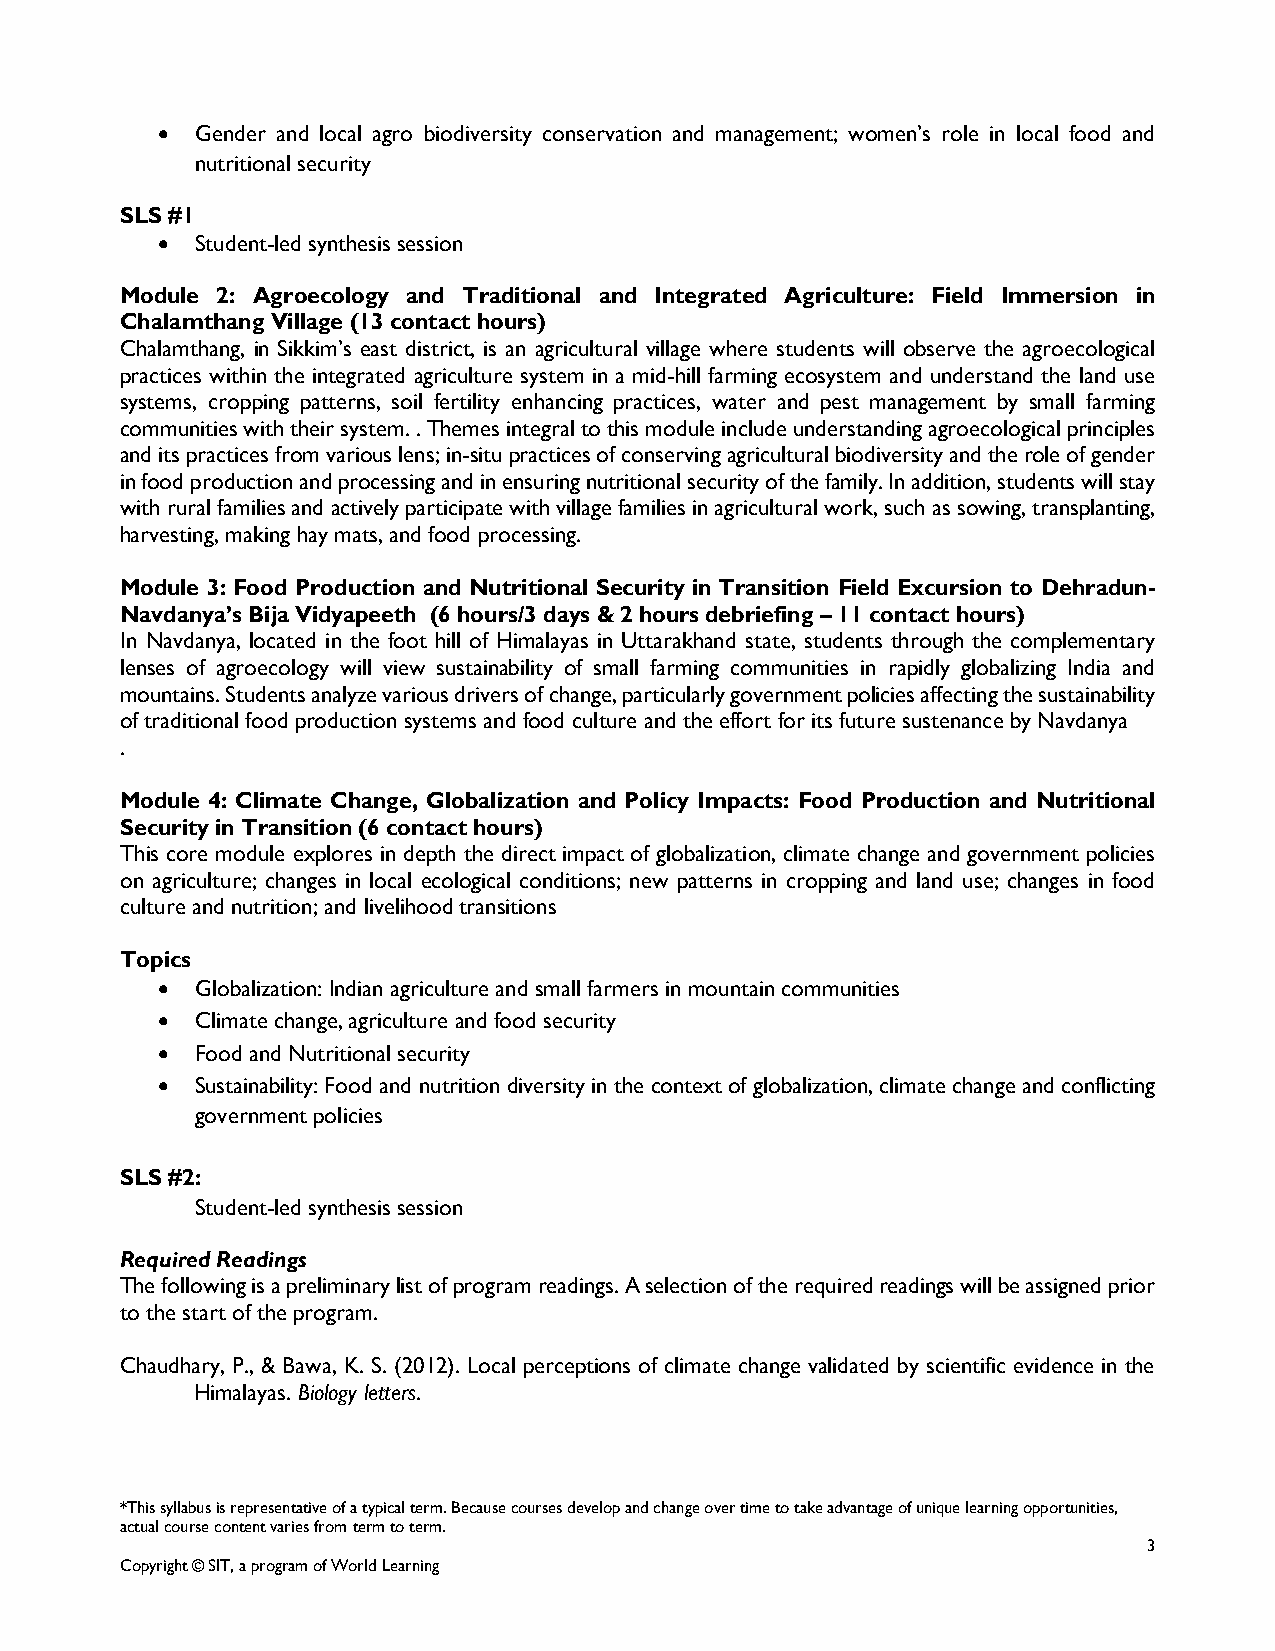
  Gender and local agro biodiversity conservation and management; women’s role in local food and
 nutritional security
 SLS #1
   Student-led synthesis session
 Module 2: Agroecology and Traditional and Integrated Agriculture: Field Immersion in
 Chalamthang Village (13 contact hours)
 Chalamthang, in Sikkim’s east district, is an agricultural village where students will observe the agroecological
 practices within the integrated agriculture system in a mid-hill farming ecosystem and understand the land use
 systems, cropping patterns, soil fertility enhancing practices, water and pest management by small farming
 communities with their system. . Themes integral to this module include understanding agroecological principles
 and its practices from various lens; in-situ practices of conserving agricultural biodiversity and the role of gender
 in food production and processing and in ensuring nutritional security of the family. In addition, students will stay
 with rural families and actively participate with village families in agricultural work, such as sowing, transplanting,
 harvesting, making hay mats, and food processing.
 Module 3: Food Production and Nutritional Security in Transition Field Excursion to Dehradun-
 Navdanya’s Bija Vidyapeeth (6 hours/3 days & 2 hours debriefing – 11 contact hours)
 In Navdanya, located in the foot hill of Himalayas in Uttarakhand state, students through the complementary
 lenses of agroecology will view sustainability of small farming communities in rapidly globalizing India and
 mountains. Students analyze various drivers of change, particularly government policies affecting the sustainability
 of traditional food production systems and food culture and the effort for its future sustenance by Navdanya
 .
 Module 4: Climate Change, Globalization and Policy Impacts: Food Production and Nutritional
 Security in Transition (6 contact hours)
 This core module explores in depth the direct impact of globalization, climate change and government policies
 on agriculture; changes in local ecological conditions; new patterns in cropping and land use; changes in food
 culture and nutrition; and livelihood transitions
 Topics
   Globalization: Indian agriculture and small farmers in mountain communities
   Climate change, agriculture and food security
   Food and Nutritional security
   Sustainability: Food and nutrition diversity in the context of globalization, climate change and conflicting
 government policies
 SLS #2:
 Student-led synthesis session
 Required Readings
 The following is a preliminary list of program readings. A selection of the required readings will be assigned prior
 to the start of the program.
 Chaudhary, P., & Bawa, K. S. (2012). Local perceptions of climate change validated by scientific evidence in the
 Himalayas. Biology letters.
 *This syllabus is representative of a typical term. Because courses develop and change over time to take advantage of unique learning opportunities,
 actual course content varies from term to term.
 3
 Copyright © SIT, a program of World Learning